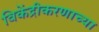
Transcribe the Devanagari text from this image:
विकेंद्रीकरणाच्या